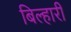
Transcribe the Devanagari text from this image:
बिल्हारी